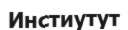
Инстиутут